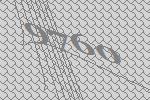
9760